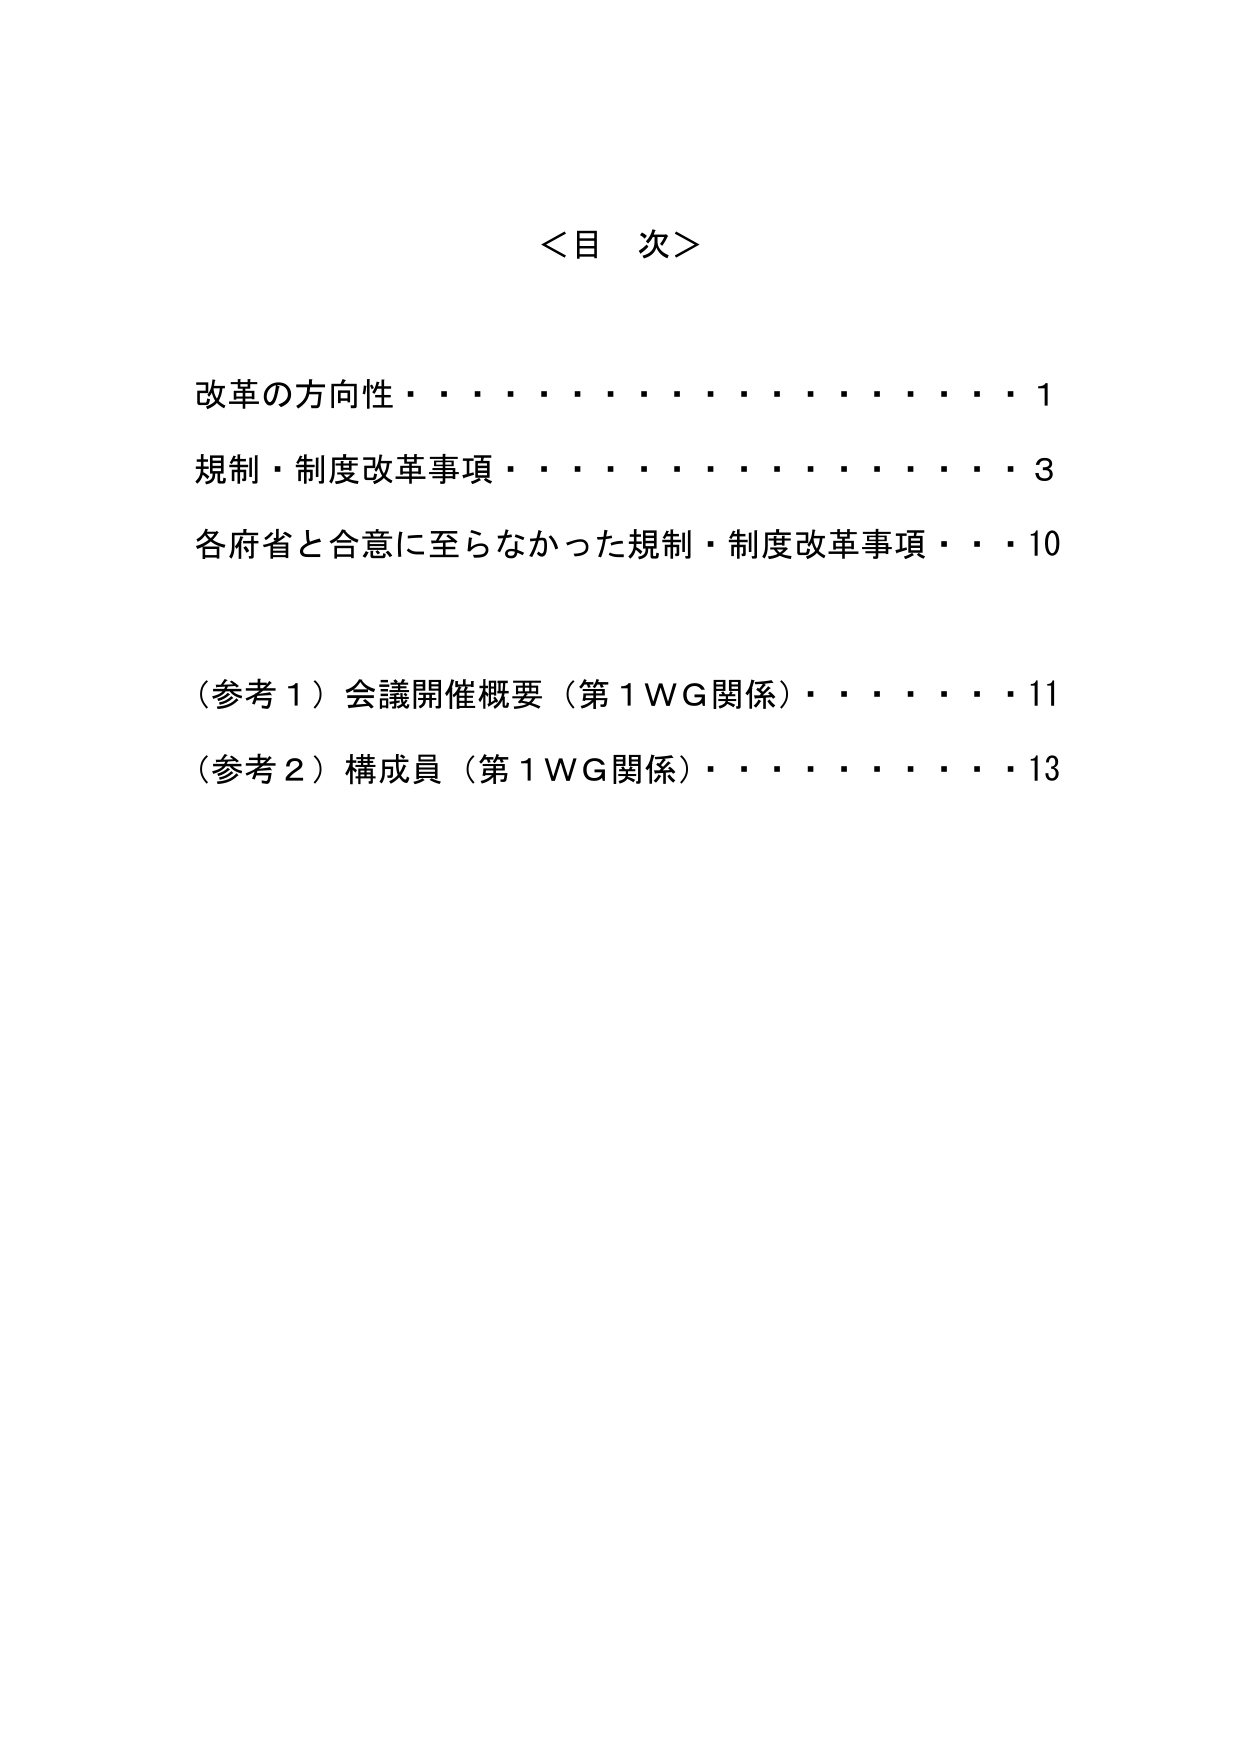
＜目 次＞

改革の方向性・・・・・・・・・・・・・・・・1
規制・制度改革事項・・・・・・・・・・・・・・3
各府省と合意に至らなかった規制・制度改革事項・・・10

（参考１）会議開催概要（第１ＷＧ関係）・・・・・・11
（参考２）構成員（第１ＷＧ関係）・・・・・・・・13